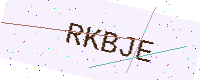
Text: RKBJE